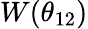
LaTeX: W(\theta_{12})